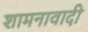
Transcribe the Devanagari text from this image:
शामनावादी